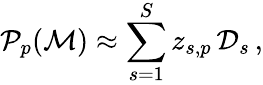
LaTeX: \mathcal{P}_{p}(\mathcal{M})\approx\sum_{s=1}^{S}z_{s,p}\, \mathcal{D}_{s}\, ,